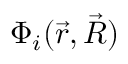
\Phi _ { i } ( \vec { r } , \vec { R } )